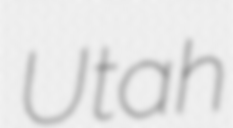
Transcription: Utah